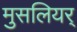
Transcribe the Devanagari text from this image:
मुसलियर्